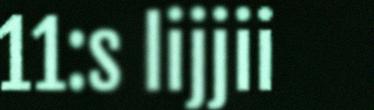
11:s lijjii